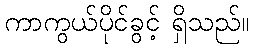
ကာကွယ်ပိုင်ခွင့် ရှိသည်။